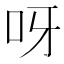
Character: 呀